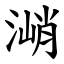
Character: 㴥